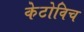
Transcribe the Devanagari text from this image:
केटोविच